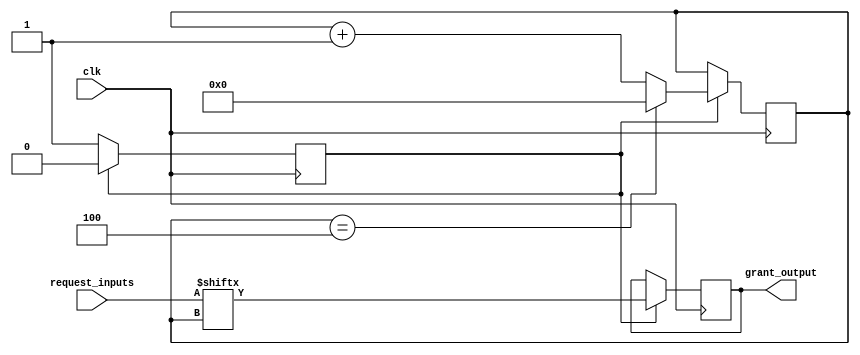
module round_robin_arbiter (
    input [N-1:0] request_inputs,
    input clk,
    output reg grant_output
);

parameter N = 4; // Number of request inputs

reg [N-1:0] priority;
reg next_grant;

always @ (posedge clk) begin
    if (next_grant) begin
        grant_output <= request_inputs[priority];
        priority <= priority + 1;
        if (priority == N) begin
            priority <= 0;
        end
    end
end

always @ (posedge clk) begin
    if (next_grant) begin
        next_grant <= 0;
    end else begin
        next_grant <= 1;
    end
end

endmodule